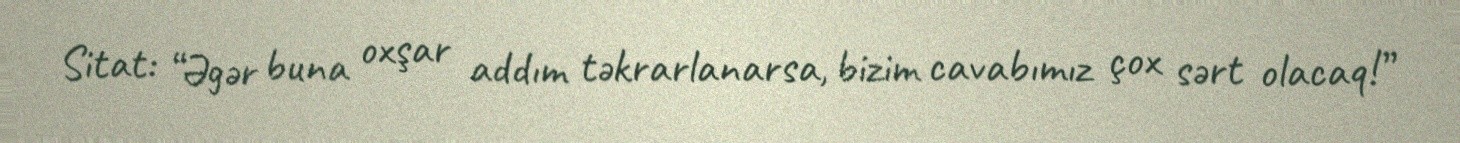
Sitat: “Əgər buna oxşar addım təkrarlanarsa, bizim cavabımız çox sərt olacaq!”